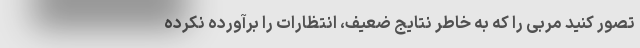
تصور کنید مربی را که به خاطر نتایج ضعیف، انتظارات را برآورده نکرده